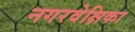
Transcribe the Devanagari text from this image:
नगरवेक्षिका